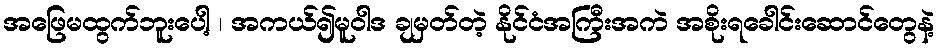
အဖြေမထွက်ဘူးပေါ့ ၊ အကယ်၍မူဝါဒ ချမှတ်တဲ့ နိုင်ငံအကြီးအကဲ အစိုးရခေါင်းဆောင်တွေနဲ့